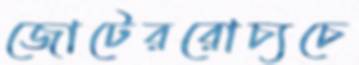
জোটেররোচ্যচে